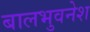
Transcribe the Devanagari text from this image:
बालभुवनेश